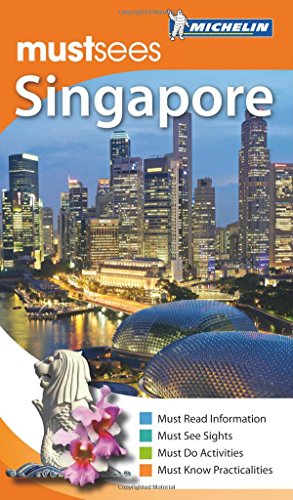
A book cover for Michelin Must Sees Singapore (Must See Guides/Michelin); Michelin; Travel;